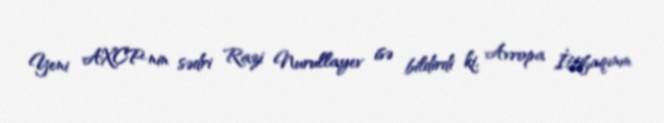
Yeni AXCP-nin sədri Razi Nurullayev isə bildirdi ki, Avropa İttifaqının